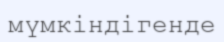
мүмкіндігенде